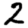
Digit: 2